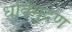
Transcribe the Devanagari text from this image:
धविमुद्रण